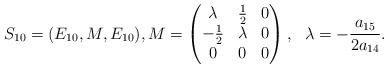
LaTeX: \begin{align*} S_{10}&=(E_{10}, M, E_{10}), M=\begin{pmatrix}\lambda & \frac{1}{2} & 0\\ -\frac{1}{2} & \lambda & 0\\0 & 0 & 0\end{pmatrix},\ \ \lambda=-\frac{a_{15}}{2a_{14}}. \end{align*}